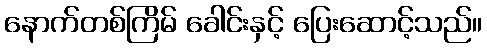
နောက်တစ်ကြိမ် ခေါင်းနှင့် ပြေးဆောင့်သည်။